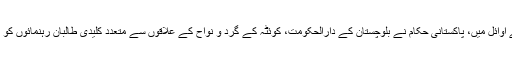
اس ماہ کے اوائل میں، پاکستانی حکام نے بلوچستان کے دارالحکومت، کوئٹہ کے گرد و نواح کے علاقوں سے متعدد کلیدی طالبان رہنمائوں کو گرفتار کیا۔